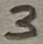
Text: 3